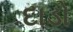
દાડો